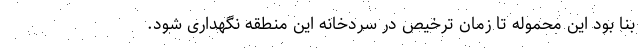
بنا بود این محموله تا زمان ترخیص در سردخانه این منطقه نگهداری شود.